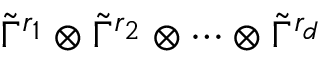
\tilde { \Gamma } ^ { r _ { 1 } } \otimes \tilde { \Gamma } ^ { r _ { 2 } } \otimes \cdots \otimes \tilde { \Gamma } ^ { r _ { d } }